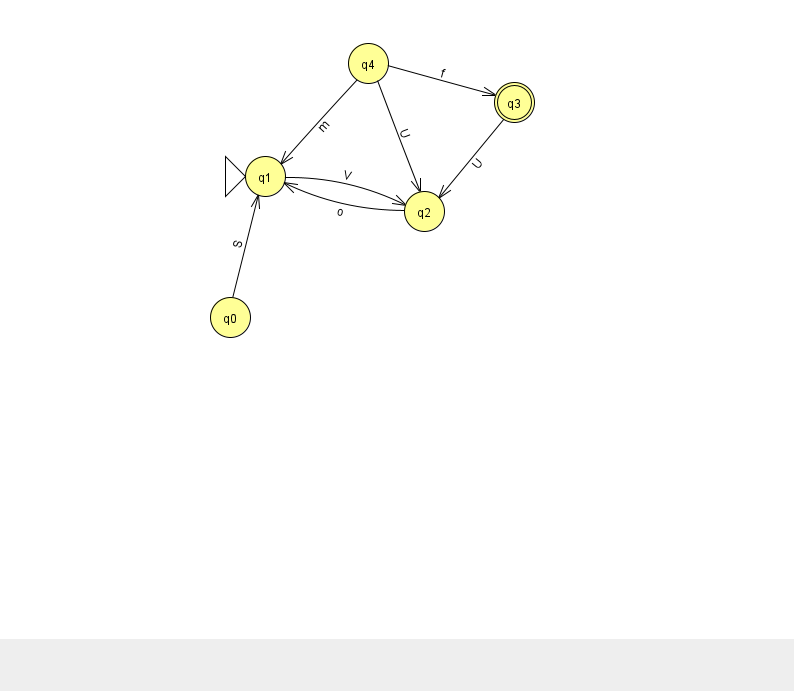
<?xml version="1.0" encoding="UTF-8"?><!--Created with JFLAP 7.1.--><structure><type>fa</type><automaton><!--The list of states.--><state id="0" name="q0"><x>230.0</x><y>304.0</y></state><state id="1" name="q1"><x>265.0</x><y>163.0</y><initial/></state><state id="2" name="q2"><x>424.0</x><y>198.0</y></state><state id="3" name="q3"><x>514.0</x><y>89.0</y><final/></state><state id="4" name="q4"><x>368.0</x><y>50.0</y></state><!--The list of transitions.--><transition><from>4</from><to>3</to><read>f</read></transition><transition><from>2</from><to>1</to><read>o</read></transition><transition><from>4</from><to>2</to><read>U</read></transition><transition><from>3</from><to>2</to><read>U</read></transition><transition><from>4</from><to>1</to><read>m</read></transition><transition><from>0</from><to>1</to><read>S</read></transition><transition><from>1</from><to>2</to><read>V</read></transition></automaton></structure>